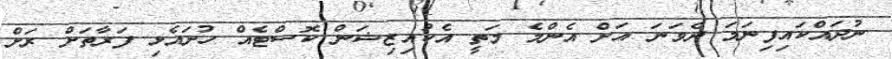
ނުދައްކައިފިނަމަ ދެވަނަ އަށް އެންމެ މަތީ އެކުއިޒިޝަން ކޮސްޓެއް ހުށައެޅި ފަރާތަށް ރަށް